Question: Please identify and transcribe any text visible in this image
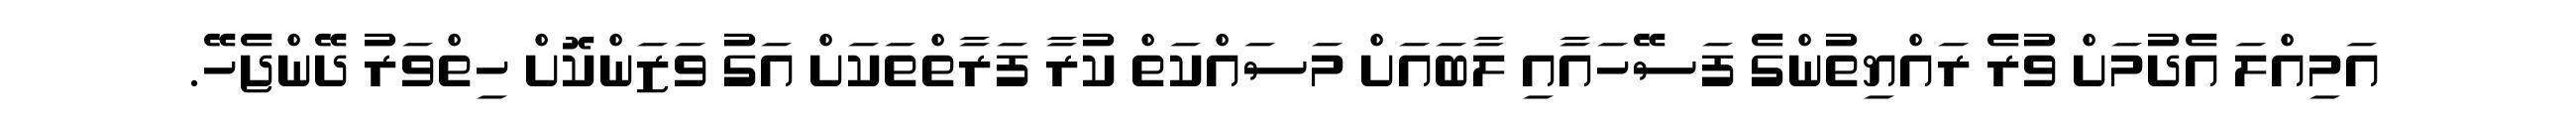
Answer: އަމިއްލަ އެދުމަށް ވުރެ ރައްޔިތުންގެ ފަސޭހައާއި ލާބައަށް މަސައްކަތް ކުރާ ފަރާތްތަކަށް އަގު ވަޒަންކޮށް ހިތްވަރު ދޭންޖެހޭ.